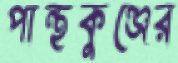
পান্থকুঞ্জের